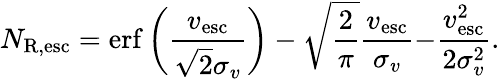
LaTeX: N_{\mathrm{R,esc}}=\mathrm{erf}\left(\frac{v_{\mathrm{esc}}}{\sqrt{2}\sigma_{v}}\right)-\sqrt{\frac{2}{\pi}}\frac{v_{\mathrm{esc}}}{\sigma_{v}}{-\frac{v_{\mathrm{esc}}^{2}}{2\sigma_{v}^{2}}}.